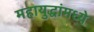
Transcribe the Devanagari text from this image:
महायुद्धांमध्ये